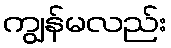
ကျွန်မလည်း